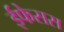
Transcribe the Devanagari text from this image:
ईफेसस